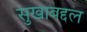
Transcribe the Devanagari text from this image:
सुखाबद्दल